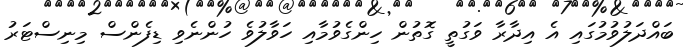
ބައްދަލުވުމުގައި އެ އިދާރާ ވަގުތީ ގޮތުން ހިންގެވުމާއި ހަވާލުވެ ހުންނެވި ޑިފެންސް މިނިސްޓަރު